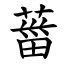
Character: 葘